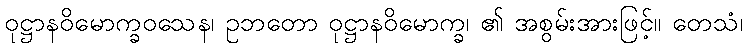
ဝုဋ္ဌာနဝိမောက္ခဝသေန၊ ဥဘတော ဝုဋ္ဌာနဝိမောက္ခ၊ ၏ အစွမ်းအားဖြင့်။ တေသံ၊